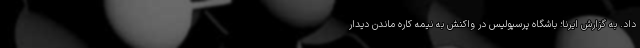
داد. به گزارش ایرنا؛ باشگاه پرسپولیس در واکنش به نیمه کاره ماندن دیدار